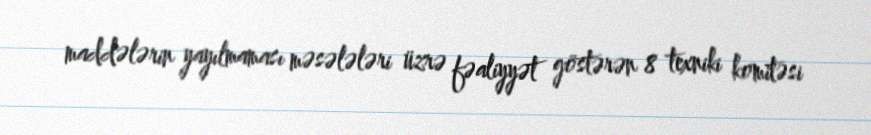
maddələrin yayılmaması məsələləri üzrə fəaliyyət göstərən 8 texniki komitəsi